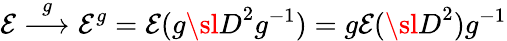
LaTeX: {\cal E}\stackrel{g}{\longrightarrow}{\cal E}^{g}={\cal E}(g{\sl D}^{2}g^{-1})=g{\cal E}({\sl D}^{2})g^{-1}